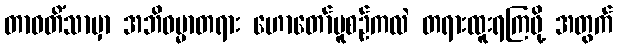
တာဝတိံသာမှာ အဘိဓမ္မာတရား ဟောတော်မူစဉ်ကလဲ တရားထူးရကြဖို့ အတွက်